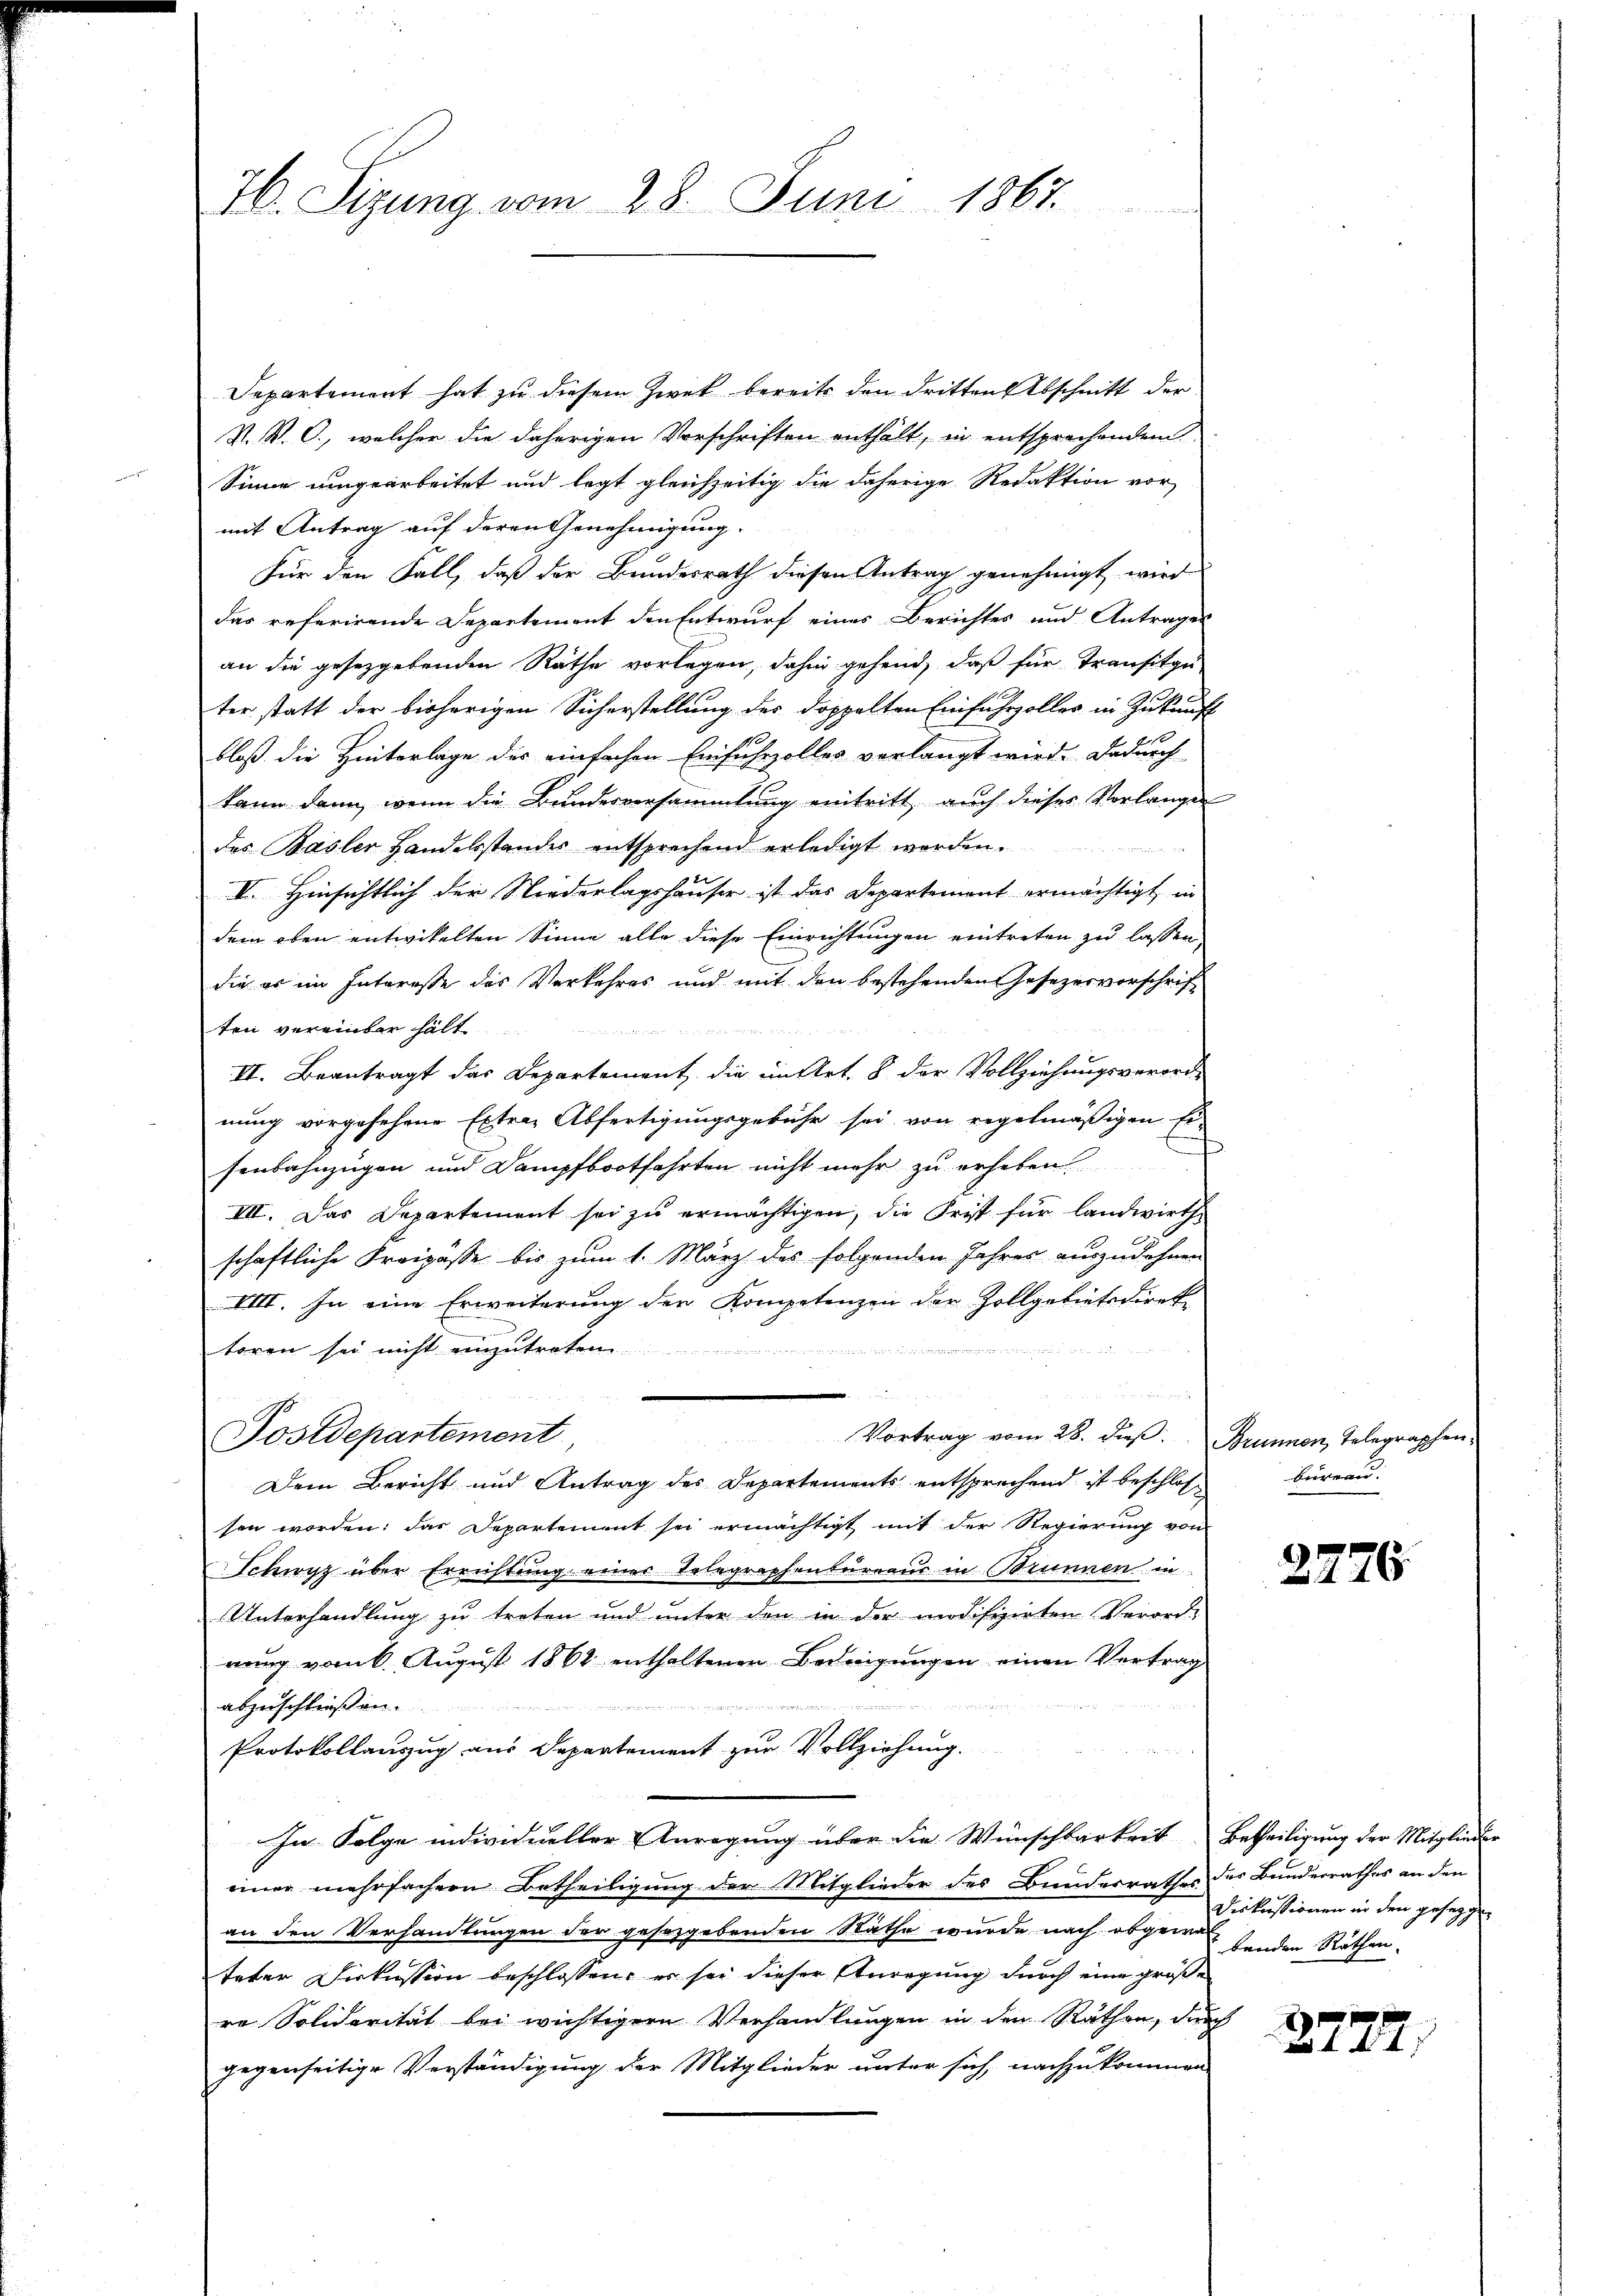
76. Sizung vom 28. Juni 1867.

Departement hat zu diesem Zwek bereits den dritten Abschnitt der
N. N. O., welcher die daherigen Vorschriften enthält, in entsprechenden
Sinne umgearbeitet und legt gleichzeitig die daherige Redaktion vor,
mit Antrag auf deren Genehmigung.
Für den Fall, daß der Bundesrath diesen Antrag genehmigt wird.
das referirende Departement den Entwurf eines Berichtes und Antrages
an die gesetzgebenden Räthe vorlegen, dahin gehend, daß für Transitzu
ter statt der bisherigen Sicherstellung des doppelten Einfuhrzoller in Zukunft
bloß die Hinterlage des einfachen Einfuhrzolles vorlangt wird. Dadurch
kann dann, wenn die Bundesversammlung eintritt, auch dieses Verlangen
des Basler Handelsstandes entsprechend erledigt worden.
I. Hinsichtlich der Niederlagshäuser ist das Departement ermächtigt in
dem oben entwickelten Sinne alle diese Einrichtungen eintreten zu lassen
die es im Interesse des Verkehres und mit den bestehenden Gesezesvorschrift
ten vereinbar hält

II. Beantragt das Departement die in Art. 8 der Vollziehungsverordnung vorgesehene Extrae Abfertigungsgebühr sei von regelmäßigen Er-
f
senbahnzügen und Dampfbootfahrten nicht mehr zu erheben
III. Das Departement sei zu ermächtigen, die Frist für landwirthschaftliche Freipässe bis zum 1. März des folgenden Jahres auszudehnen
VIII. In eine Erweiterung der Kompetenzen der Zollgebietsdirek
toren sei nicht einzutreten

Postdepartement
Vortrag vom 28. dieß: Brunnen, Telegraphen,
Dem Bericht und Antrag des Departements entsprechend ist beschlos
sen worden; das Departement sei ermächtigt mit der Regierung von
Schwyz über Errichtung einer Telegraphenbureaus in Brunnen in
Unterhandlung zu treten und unter den in der modifizirten Verord-
nung vom 6. August 1862 enthaltenen Bedingungen einen Vertrag
eu
abzuschließen.
Protokollanzug aus Departement zur Vollziehung.
In Folge individueller Anregung über die Wünschbarkeit Betheiligung der Mitglieder
einer mehrfachern Betheiligung der Mitglieder des Bundesrathes des Bunderrathes an den
an den Verhandlungen der gesetzgebenden Näthe wurde nach abgewesenden Räthen.
tater Diskussion beschlossen, er sei dieser Anregung durch eine größe
re Solidarität bei wichtigern Verhandlungen in den Räthen, durch
gegenseitige Verständigung der Mitglieder unter sich, nachzukommen

bureau.

2276.

Diskussionen in den gesegge

2777